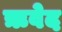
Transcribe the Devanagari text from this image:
ऋवेद